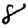
Digit: 8